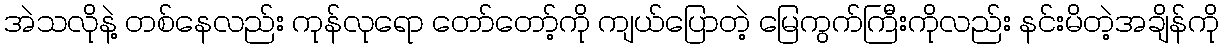
အဲသလိုနဲ့ တစ်နေလည်း ကုန်လုရော တော်တော့်ကို ကျယ်ပြောတဲ့ မြေကွက်ကြီးကိုလည်း နင်းမိတဲ့အချိန်ကို